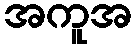
အကူအ